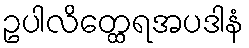
ဥပါလိတ္ထေရအပဒါနံ